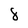
Character: 8